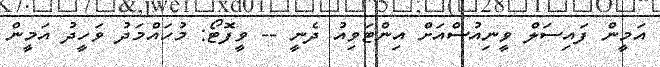
އަމީން ފައިސަލް ވީނިއުސްއަށް އިންޓަވިއު ދެނީ -- ވީފޮޓޯ: މުހައްމަދު ވަހީދު އަމީން